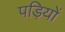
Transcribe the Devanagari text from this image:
पड़ियों